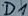
Text: D1